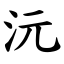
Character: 沅